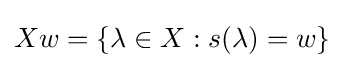
Xw=\{\lambda \in X:s(\lambda )=w\}